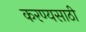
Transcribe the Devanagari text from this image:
करण्यसाठी